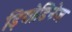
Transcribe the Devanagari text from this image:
ड़ियोडिनेज